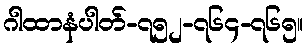
ဂါထာနံပါတ်-၇၅၂-၇၆၄-၇၆၅။